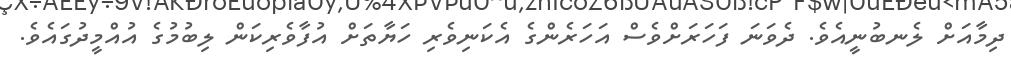
ދިމާއަށް ލެނބުނީއެވެ. ދެވަނަ ފަހަރަށްވެސް އަހަރެންގެ އެކަނިވެރި ހަޔާތަށް އުފާވެރިކަން ލިބުމުގެ އުއްމީދުގައެވެ.